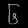
Digit: ၆